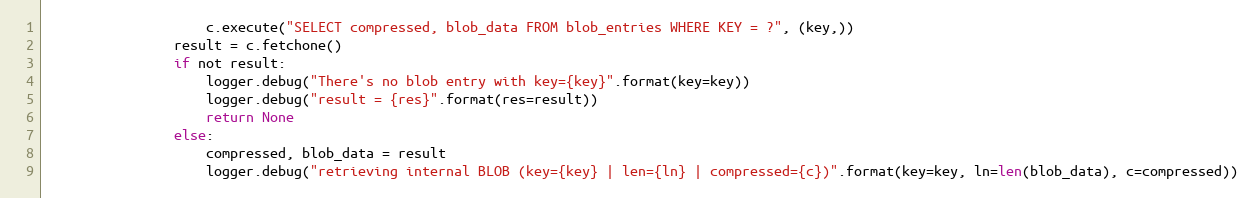
Language: Python
                    c.execute("SELECT compressed, blob_data FROM blob_entries WHERE KEY = ?", (key,))
                result = c.fetchone()
                if not result:
                    logger.debug("There's no blob entry with key={key}".format(key=key))
                    logger.debug("result = {res}".format(res=result))
                    return None
                else:
                    compressed, blob_data = result
                    logger.debug("retrieving internal BLOB (key={key} | len={ln} | compressed={c})".format(key=key, ln=len(blob_data), c=compressed))